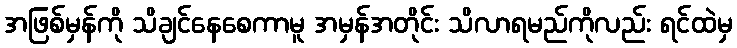
အဖြစ်မှန်ကို သိချင်နေစေကာမူ အမှန်အတိုင်း သိလာရမည်ကိုလည်း ရင်ထဲမှ